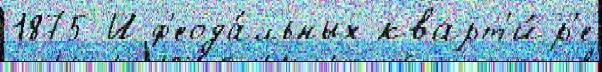
1875 И ф'еода́льных кварт'и́р'е